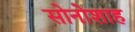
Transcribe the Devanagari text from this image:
सोनोशाह